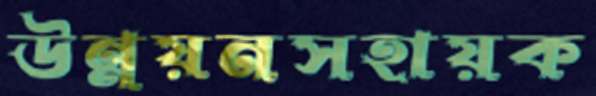
উন্নয়নসহায়ক